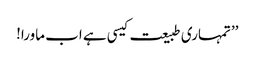
’’تمہاری طبیعت کیسی ہے اب ماورا!